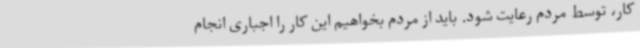
کار، توسط مردم رعایت شود. باید از مردم بخواهیم این کار را اجباری انجام